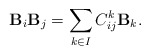
\begin{align*}{\bf B}_i{\bf B}_j=\sum_{k\in I}C_{ij}^k{\bf B}_k.\end{align*}